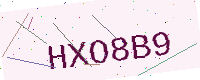
Text: HXO8B9